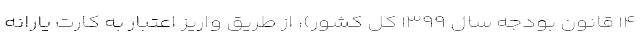
۱۴ قانون بودجه سال ۱۳۹۹ کل کشور)، از طریق واریز اعتبار به کارت یارانه